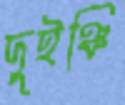
দুইঞ্চি